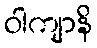
ဝါကျာနိ